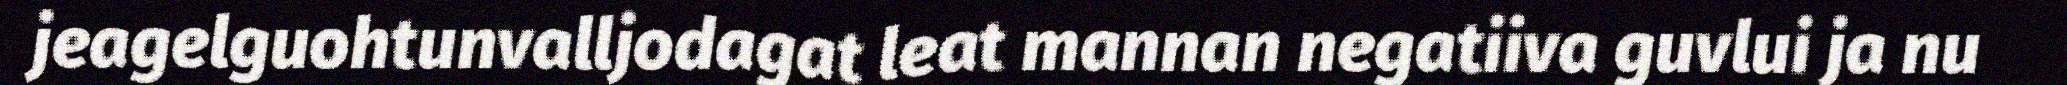
jeagelguohtunvalljodagat leat mannan negatiiva guvlui ja nu